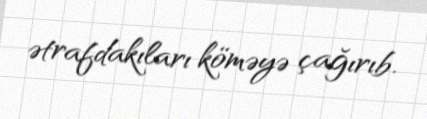
ətrafdakıları köməyə çağırıb.